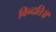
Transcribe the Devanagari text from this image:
विन्दति॥